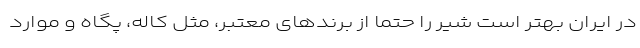
در ایران بهتر است شیر را حتما از برندهای معتبر، مثل کاله، پگاه و موارد